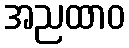
အညထာဝ